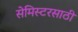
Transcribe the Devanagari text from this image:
सेमिस्टरसाठी